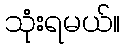
သုံးရမယ်။